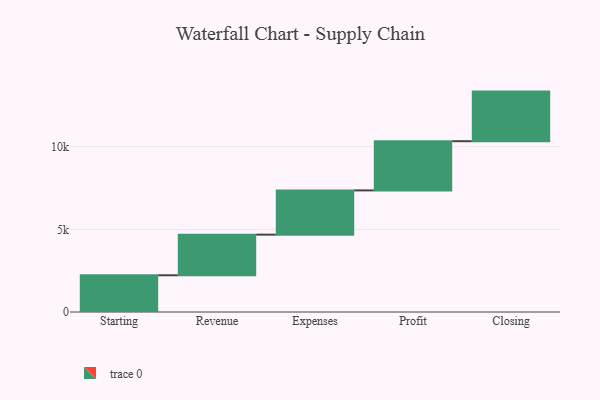
{"axis": {"x": "Step", "y": "Value"}, "legend": [""], "data": [{"x": "Starting", "y": 2221.0, "type": ""}, {"x": "Revenue", "y": 2458.0, "type": ""}, {"x": "Expenses", "y": 2676.0, "type": ""}, {"x": "Profit", "y": 2976.0, "type": ""}, {"x": "Closing", "y": 3000, "type": ""}]}